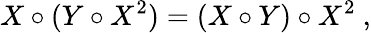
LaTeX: X\circ(Y\circ X^{2})=(X\circ Y)\circ X^{2}\ ,